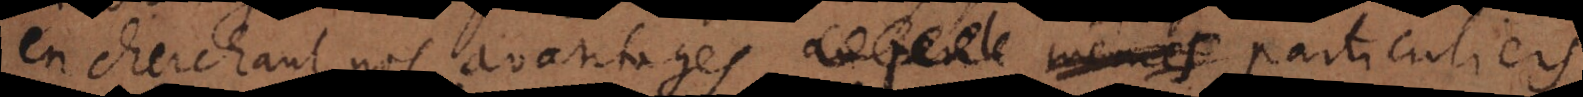
en cherchant nos avantages, particuliers